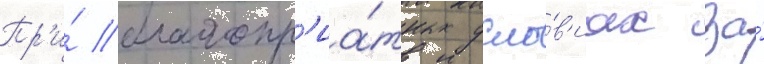
Пр'и́ благопр'иа́тных усло́в'иах за́